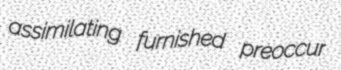
assimilating furnished preoccur